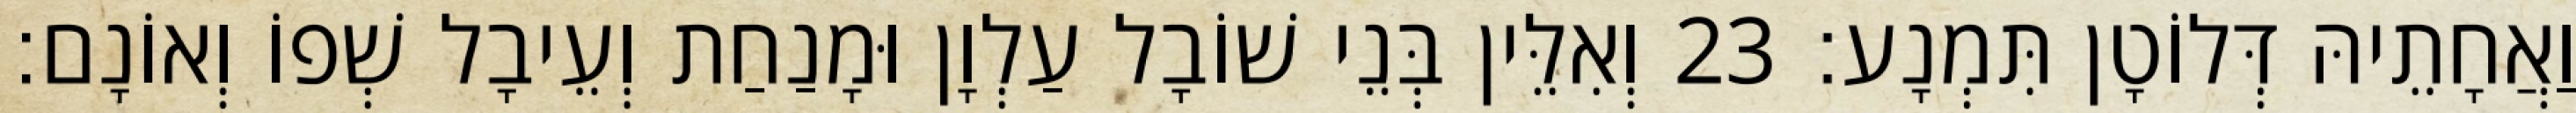
וַאֲחָתֵיהּ דְּלוֹטָן תִּמְנָע׃ 23 וְאִלֵּין בְּנֵי שׁוֹבָל עַלְוָן וּמָנַחַת וְעֵיבָל שְׁפוֹ וְאוֹנָם׃